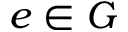
e \in G